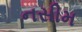
નસીમ